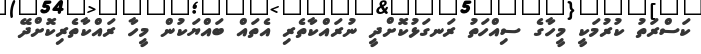
ކަސްރަތު ކުރުމަކީ މީހާގެ ސިއްހަތު ރަނގަޅުކޮށްދީ ނުރައްކާތެރި އެތައް ބައްޔަކުން މީހާ ރައްކާތެރިކޮށްދޭ